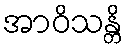
အာဝိသန္တိ